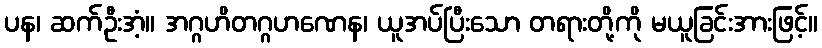
ပန၊ ဆက်ဦးအံ့။ အဂ္ဂဟိတဂ္ဂဟဏေန၊ ယူအပ်ပြီးသော တရားတို့ကို မယူခြင်းအားဖြင့်။